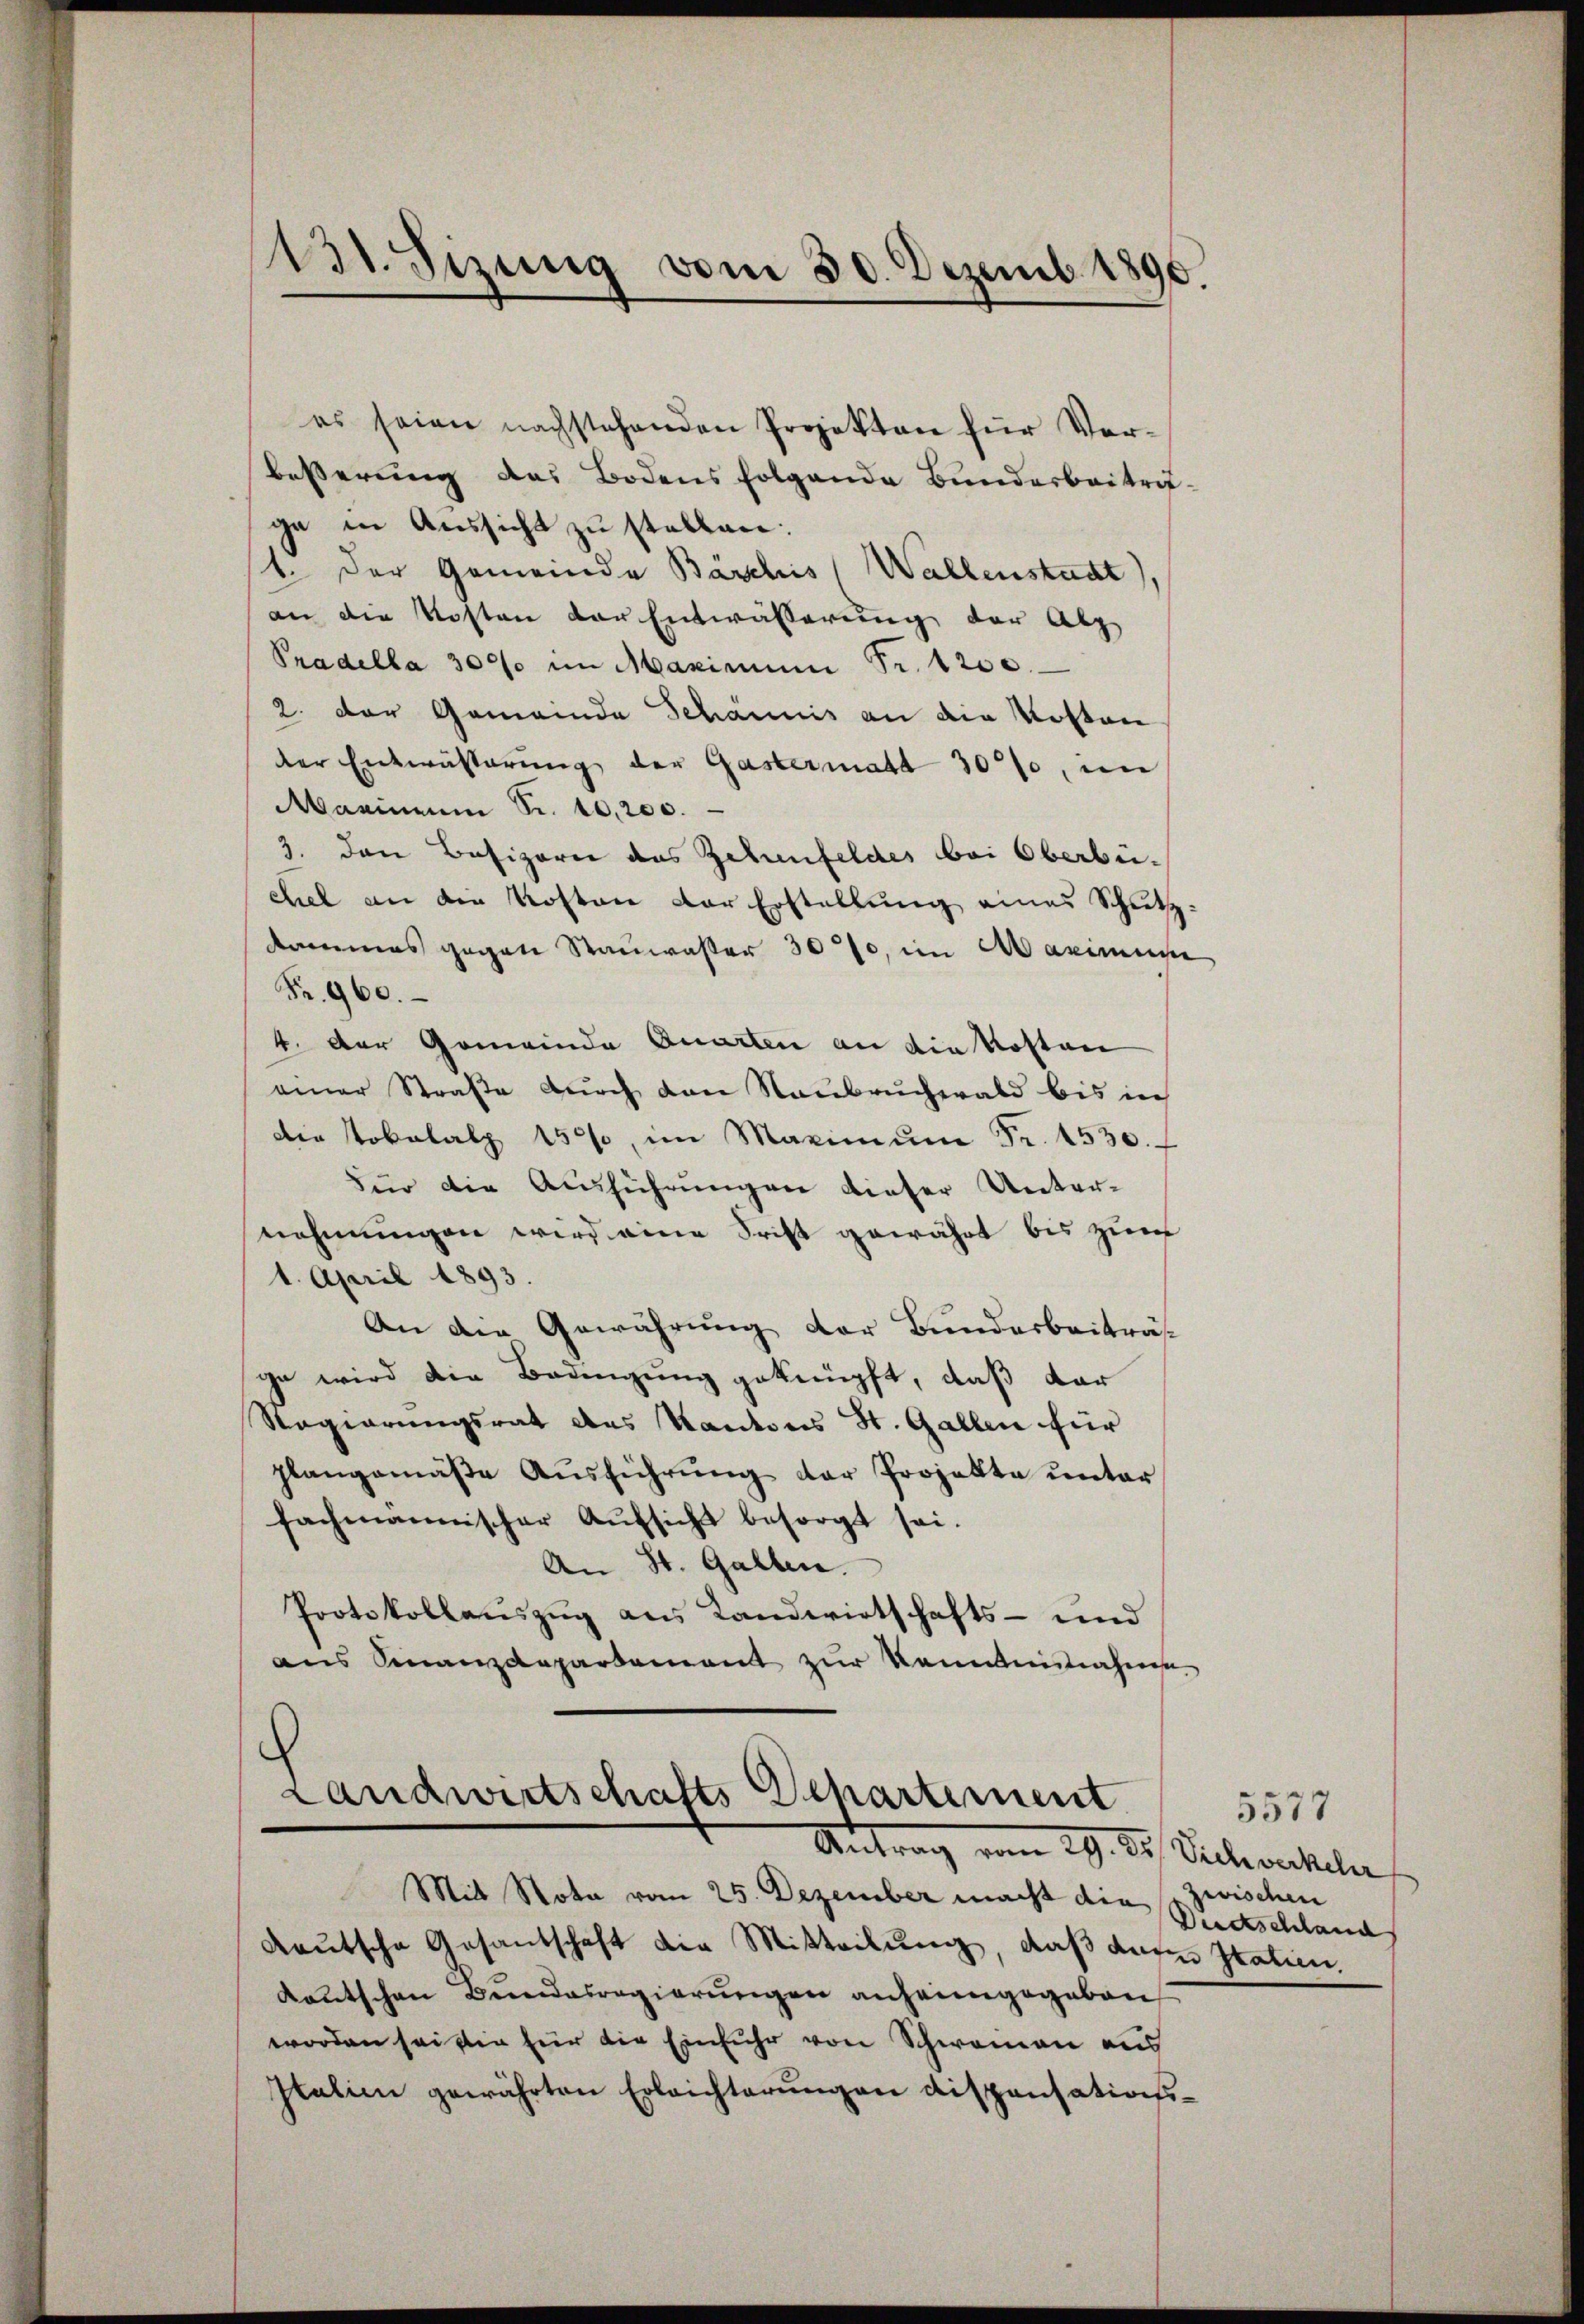
131. Sizung vom 30. Dezemb. 1890.

es seien nachstehenden Projekten für Ver¬
Besserung des Bodens folgende Bunderbeiträge in Aussicht zu stellen:
st. Der Gemeinde Bäsches Wallenstadt)
an die Kosten der Entwässerung der Abz
Pradella 3000 im Maximum Fr. 1200.
2. der Gemeinde Schännis an die Kosten
der Entwässerung der Gastermatt 30%, in
Marinium Sr. 10,200.
3. den Besizorni das Zehenfeldes bei Oberbeichel an die Kosten der Erstellung eines Schutzkmas gegen Stauwaster 30%, im Maximuse
Fr. 960.
4. Der Gemeinde Quarten an die Kosten
einer Straβe dŭrch den Raubruchwald bis in
Die Lokalatz 150, im Maximŭm Fr. 4530.
Für die Aŭsführŭngen dieser Unter-
nehmungen wird eine Frist gewährt bis zum
1. April 1893.
An die Gewährung der Bundesbeiträs-
ge wird die Bedingung geknüpft, daß dar
Regierungsrat des Kantons St. Gallen für
plangemäβe Aŭsführŭng der Projekte unter
fachmannischer Aŭfsicht besorgt sei.
An St. Gallen.
Protokollauszug aus Landwirtschafts- und
ans Finanzdepartement zŭr Kenntnisnahme

Landwirtschafts Departement
Antrag vom 29. 85. Sichverkehr

Mit Nota vom 25. Dezember macht die zwischen
deutsche Gesandschaft die Mitteilung, daß das Italien,
Kautschen Bundesregierungen anheimgegeben
worden sei die für die Einfuhr von Schwamen aus
Italien gewährten Erleichterŭngen dispensations¬

5577
Derdtschland